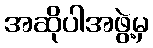
အဆိုပါအဖွဲ့မှ